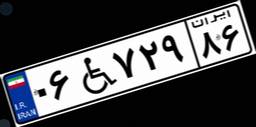
۰۶W۷۲۹۸۶